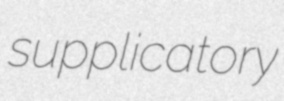
supplicatory